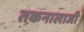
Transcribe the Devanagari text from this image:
तकनालाजी